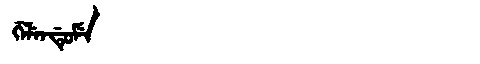
Manchu: ᡤᡝᠯᡝᠨᡩᡠᠮᡝ
Romanization: GELENDUME